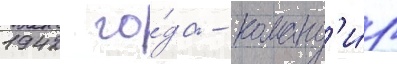
1942 го́да - команд'и́р